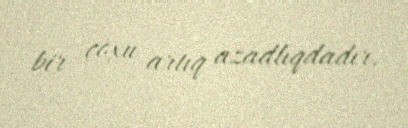
bir çoxu artıq azadlıqdadır.